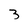
Character: 3